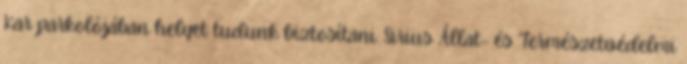
Kar parkolójában helyet tudunk biztosítani. Sirius Állat- és Természetvédelmi